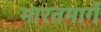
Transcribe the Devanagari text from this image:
भारतमार्गे